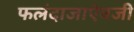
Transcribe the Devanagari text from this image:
फलंदाजाऐवजी